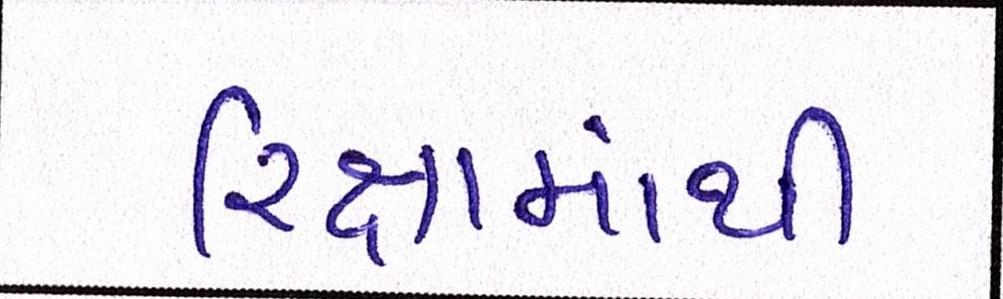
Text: રિક્ષામાંથી